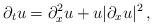
LaTeX: \begin{align*} \partial_t u=\partial_x^2 u+u|\partial_x u|^2\, , \end{align*}